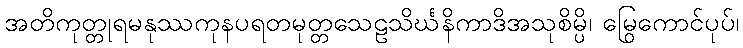
အတိကုတ္တုရမနုဿကုနပရတမုတ္တသေဠသိင်္ဃနိကာဒိအသုစိမ္ပိ၊ မြွေကောင်ပုပ်၊